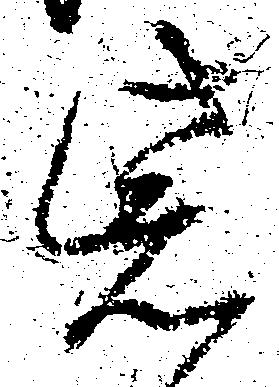
紫